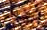
اصلع